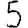
Digit: 5